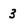
Character: 3